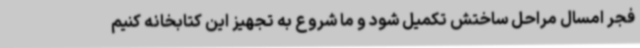
فجر امسال مراحل ساختش تکمیل شود و ما شروع به تجهیز این کتابخانه کنیم